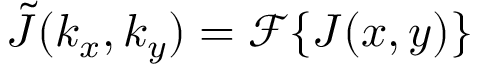
\boldsymbol { \tilde { J } } ( k _ { x } , k _ { y } ) = \mathcal { F } \{ \boldsymbol { J } ( x , y ) \}